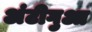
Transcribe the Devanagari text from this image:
अंटीगुआ